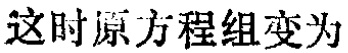
这时原方程组变为